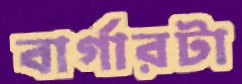
বার্গারটা